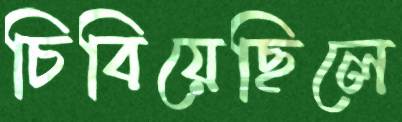
চিবিয়েছিলে